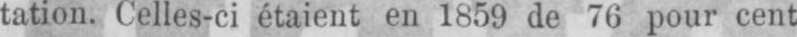
tation. Celles-ci étaient en 1859 de 76 pour cent